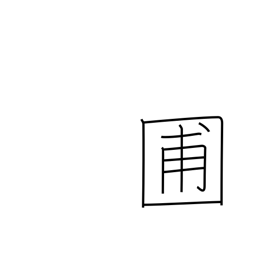
Meaning: garden